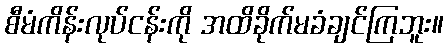
စီမံကိန်းလုပ်ငန်းကို အထိခိုက်မခံချင်ကြဘူး။